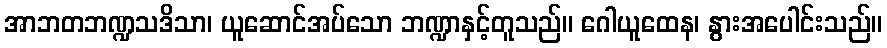
အာဘတဘဏ္ဍသဒိသာ၊ ယူဆောင်အပ်သော ဘဏ္ဍာနှင့်တူသည်။ ဂေါယူထေန၊ နွားအပေါင်းသည်။